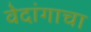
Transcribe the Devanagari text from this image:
वेदांगाचा